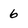
Character: 6